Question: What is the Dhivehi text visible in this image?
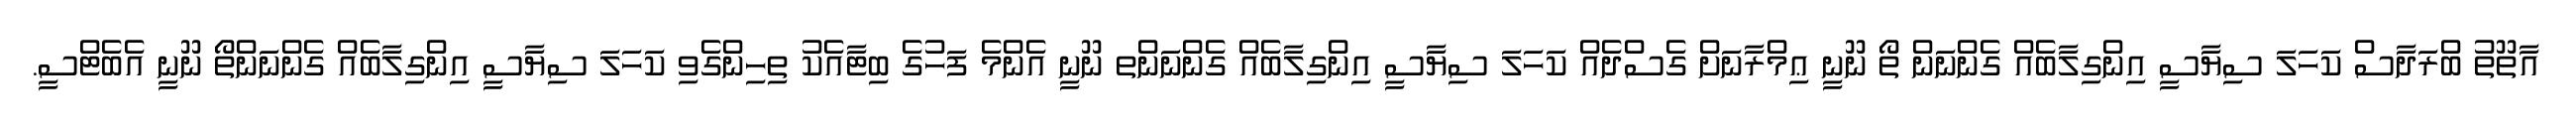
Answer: އާތޫތު ބްރަދާސް ކަހަލަ ސިޔާސީ އިންގިލާބެއް ގެންނަން ތޯ ނޫނީ ޢިމްރާނަށް ގެސްދެއް ކަހަލަ ސިޔާސީ އިންގިލާބެއް ގެންނަންތ ނޫނީ އެންމެ ފަހުގެ ބިޓާއެކު ތިހިންގެވި ކަހަލަ ސިޔާސީ އިންގިލާބެއް ގެންނަންތޯ ނޫނީ އެބެޓްސީ.